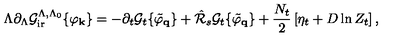
\Lambda \partial _ { \Lambda } { \cal { G } } _ { \mathrm { i r } } ^ { \Lambda , \Lambda _ { 0 } } \{ \varphi _ { \bf { k } } \} = - \partial _ { t } { \cal { G } } _ { t } \{ \tilde { \varphi } _ { \bf { q } } \} + \hat { \cal { R } } _ { s } { \cal { G } } _ { t } \{ \tilde { \varphi } _ { \bf { q } } \} + \frac { N _ { t } } { 2 } \left[ \eta _ { t } + D \ln Z _ { t } \right] ,